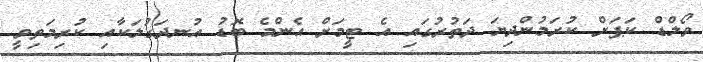
ވޯލްޑް ކަޕަށް ކުރަމުންދިޔަ ދަތުރުގައި އެ ޓީމަށް އެންމެ ބޮޑު އުނދަގުލަކާއި ކުރިމަތިވީ